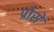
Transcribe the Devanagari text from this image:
प्रोसे